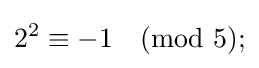
2^{2}\equiv -1{\pmod {5}};